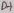
Text: D+